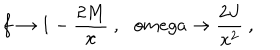
LaTeX: f \rightarrow 1 - \frac { 2 M } { x } \ , \ \ \, o m e g a \rightarrow \frac { 2 J } { x ^ { 2 } } \ ,